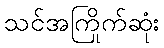
သင်အကြိုက်ဆုံး